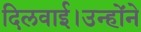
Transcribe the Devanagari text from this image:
दिलवाई।उन्होंने